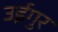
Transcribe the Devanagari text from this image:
उईगुर